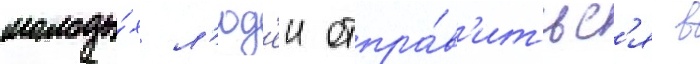
молоды́х л'юд'еи отпра́в'итьс'я в